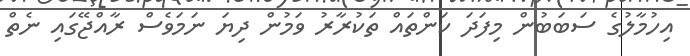
އިހުމާލުގެ ސަބަބުން މިފަދަ ކަންތައް ތަކުރާރު ވަމުން ދިޔަ ނަމަވެސް ރާއްޖޭގައި ނެތް